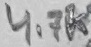
Text: 4.7K